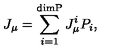
J _ { \mu } = \sum _ { i = 1 } ^ { \mathrm { \footnotesize { d i m P } } } J _ { \mu } ^ { i } P _ { i } ,